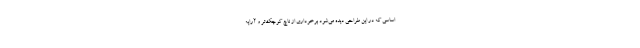
اساسی که در این طراحی دیده می‌شود برخوداری از ناچ کوچک‌تر و آرایه